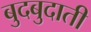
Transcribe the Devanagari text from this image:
बुदबुदाती